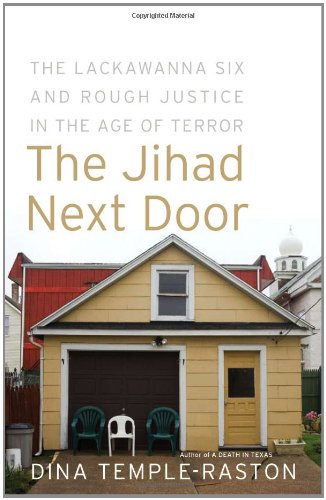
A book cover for The Jihad Next Door: The Lackawanna Six and Rough Justice in an Age of Terror; Dina Temple-Raston; History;